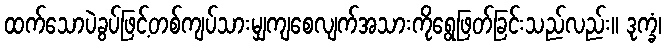
ထက်သောပဲခွပ်ဖြင့်တစ်ကျပ်သားမျှကျစေလျက်အသားကိုရွေဖြတ်ခြင်းသည်လည်း။ ဒုက္ခံ၊